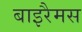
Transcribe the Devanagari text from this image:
बाइरैमस